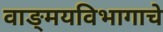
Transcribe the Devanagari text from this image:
वाङ्‌मयविभागाचे